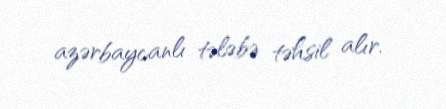
azərbaycanlı tələbə təhsil alır.